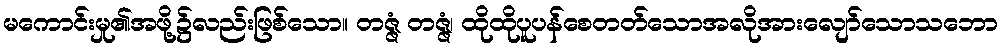
မကောင်းမှု၏အဖို့၌လည်းဖြစ်သော။ တဇ္ဇံ တဇ္ဇံ၊ ထိုထိုပူပန်စေတတ်သောအလိုအားလျော်သောသဘော